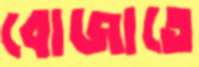
বোজাতে